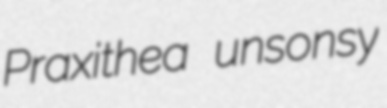
Praxithea unsonsy